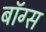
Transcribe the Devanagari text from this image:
बॉग्स